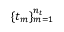
\{ t _ { m } \} _ { m = 1 } ^ { n _ { t } }